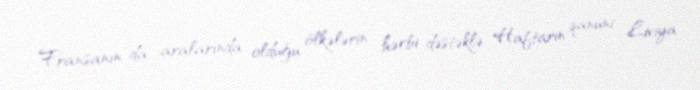
Fransanın da aralarında olduğu ölkələrin hərbi dəstəklə Haftarın qanuni Liviya